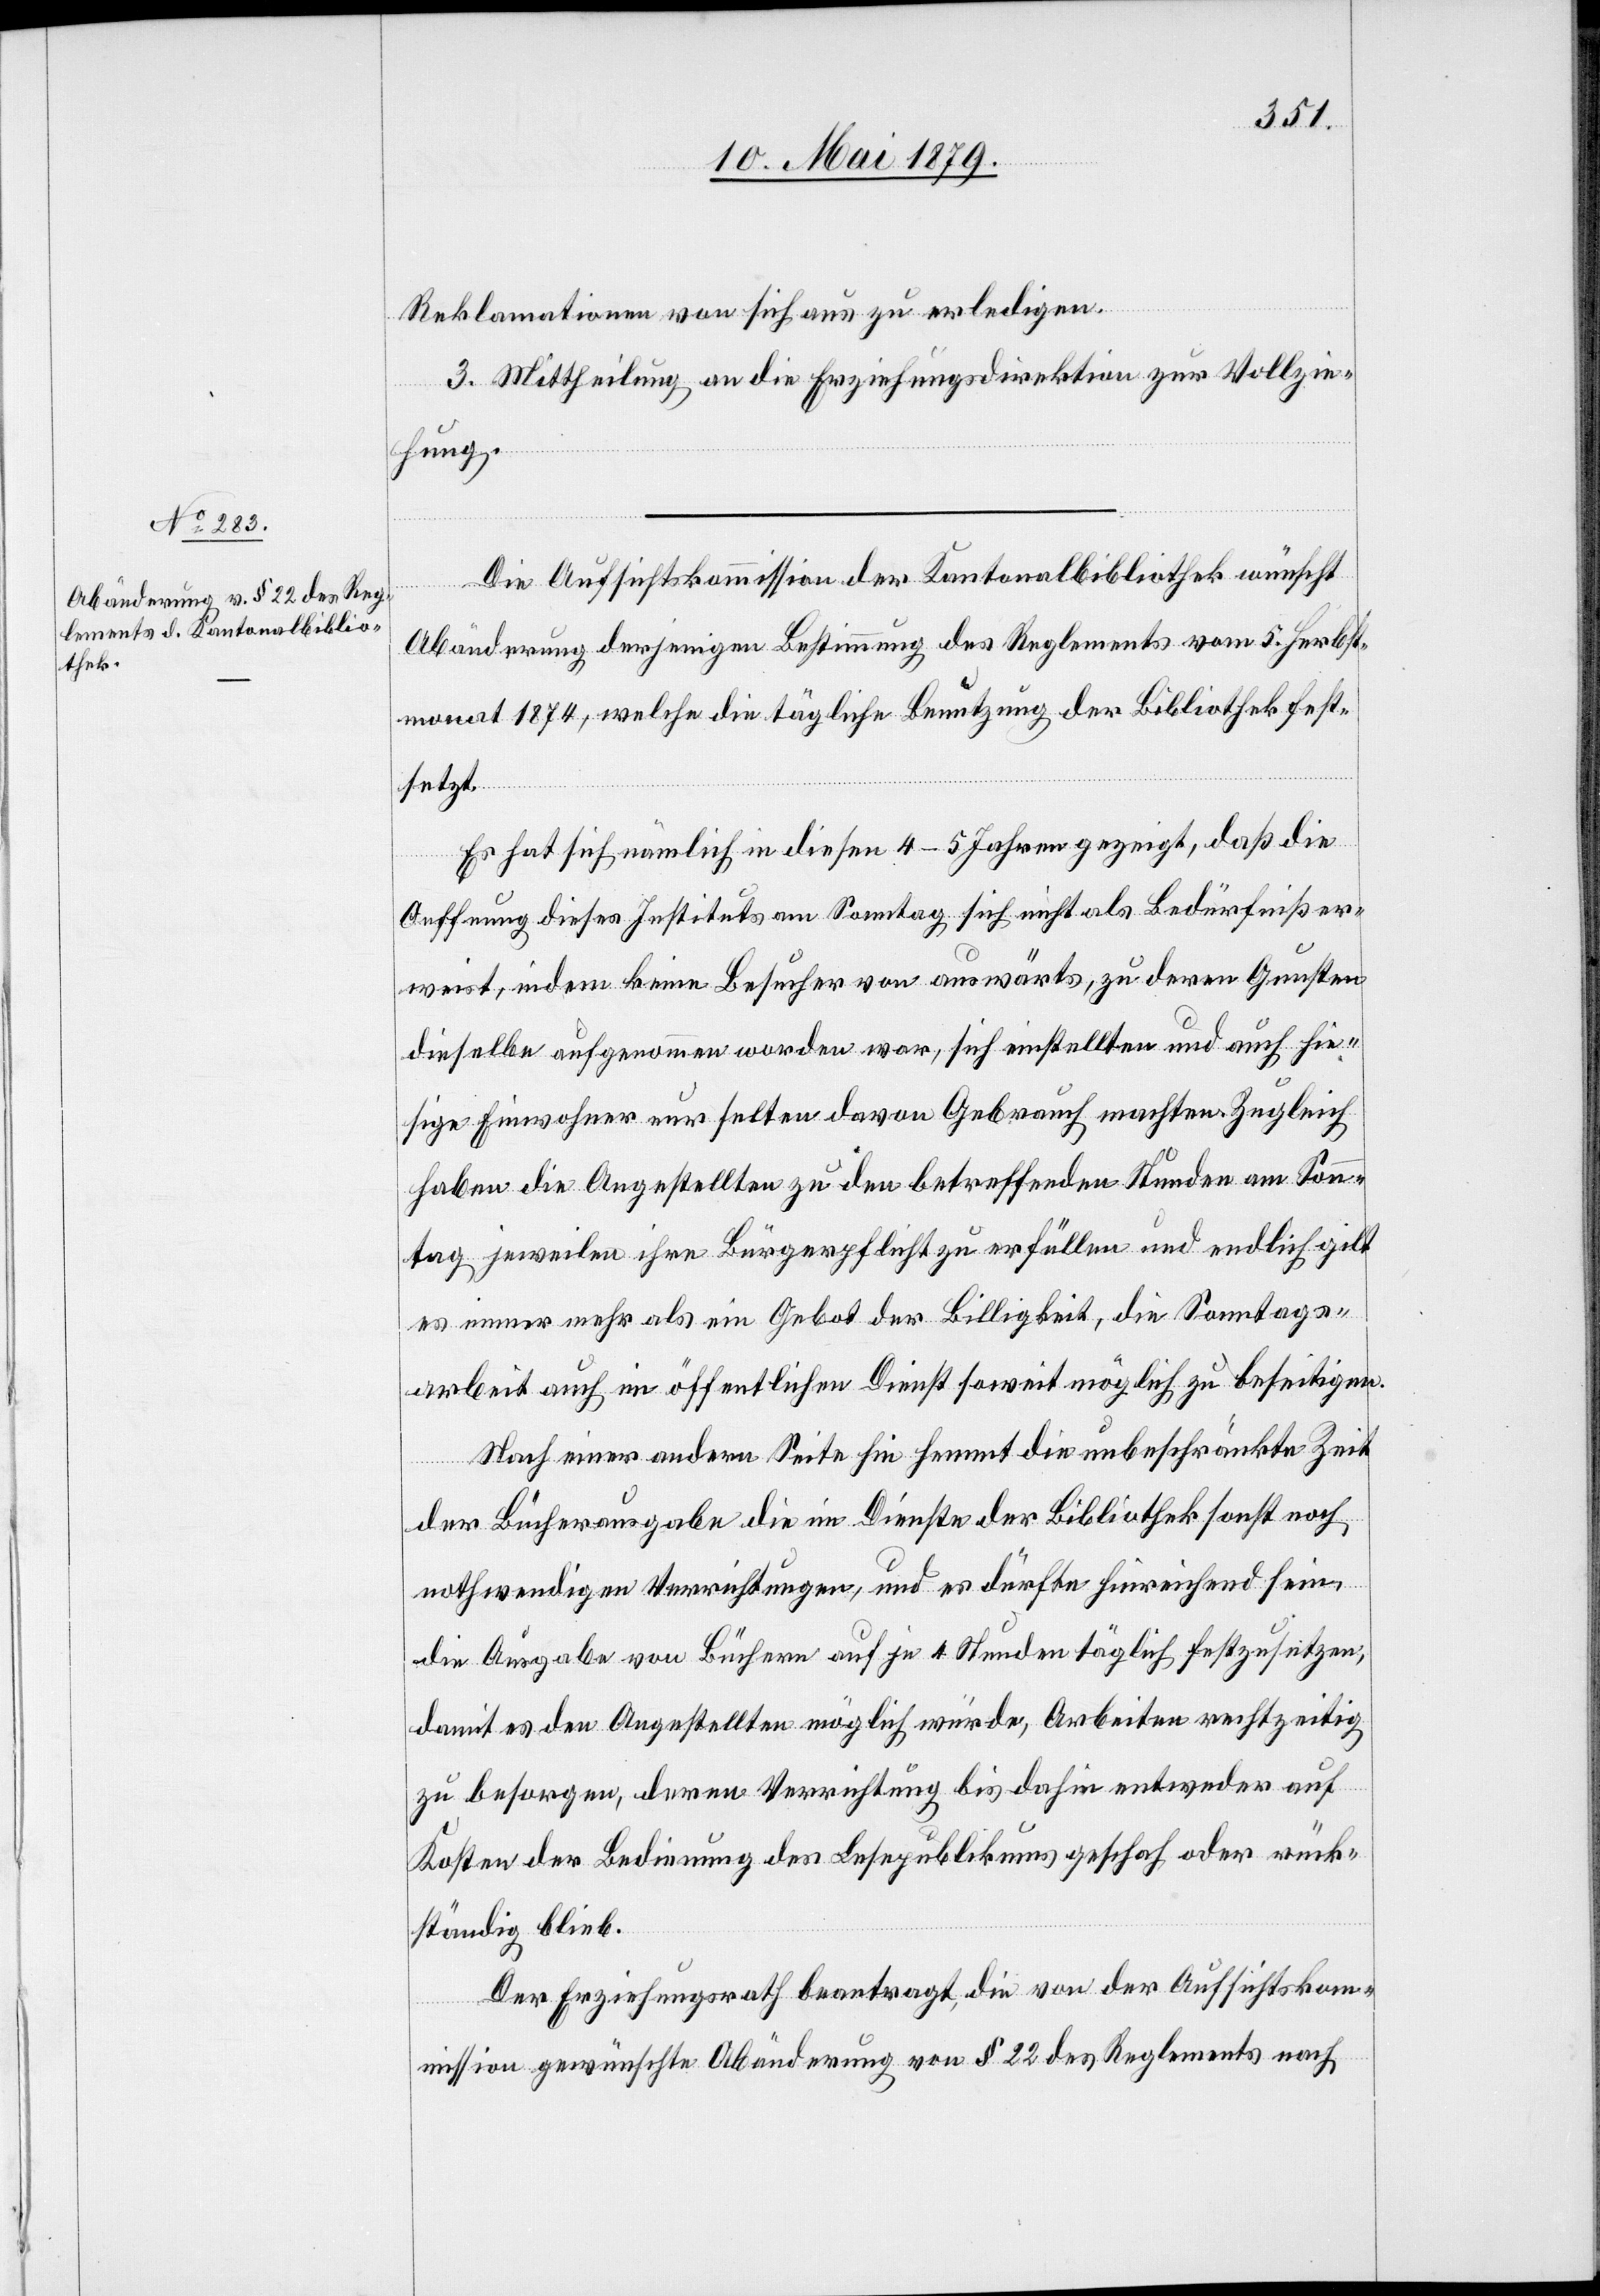
Reklamationen von sich aus zu erledigen.
3. Mittheilung an die Erziehungsdirektion zur Vollzie¬
hung.
Die Aufsichtskommission der Kantonalbibliothek wünscht
Abänderung derjenigen Bestimmung des Reglements vom 5. Herbst¬
monat 1874, welche die tägliche Benutzung der Bibliothek fest¬
setzt.
Es hat sich nämlich in diesen 4–5 Jahren gezeigt, daß die
Oeffnung dieses Instituts am Sonntag sich nicht als Bedürfniß er¬
weist, indem keine Besucher von auswärts, zu deren Gunsten
dieselbe aufgenommen worden war, sich einstellten und auch hie¬
sige Einwohner nur selten davon Gebrauch machten. Zugleich
haben die Angestellten zu den betreffenden Stunden am Son¬
ntag jeweilen ihre Bürgerpflicht zu erfüllen und endlich gilt
es immer mehr als ein Gebot der Billigkeit, die Sonntags¬
arbeit auch im öffentlichen Dienst soweit möglich zu beseitigen.
Nach einer andern Seite hin hemmt die unbeschränkte Zeit
der Bücherausgabe die im Dienste der Bibliothek sonst noch
nothwendigen Verrichtungen, und es dürfte hinreichend sein,
die Ausgabe von Büchern auf je 4 Stunden täglich festzusetzen,
damit es den Angestellten möglich würde, Arbeiten rechtzeitig
zu besorgen, deren Verrichtung bis dahin entweder auf
Kosten der Bedienung des Lesepublikums geschah oder rück¬
ständig blieb.
Der Erziehungsrath beantragt, die von der Aufsichtskom¬
mission gewünschte Abänderung von § 22 des Reglements nach